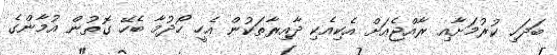
ބަދަހި ކުރުމަށާއި ރާއްޖެއަށް އެކިއެކި ދާއިރާތަކުން އެހީ ހޯދުމާ ބެހޭ ގޮތުން އުމާންގެ